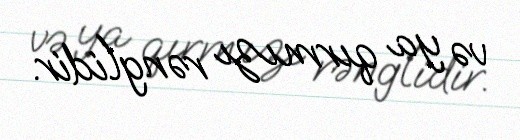
və ya qırmızı rənglidir.